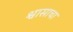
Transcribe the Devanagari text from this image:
श्वासाचा